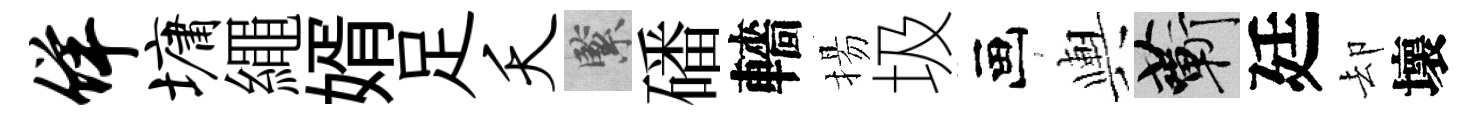
佯墉繩婿足夭緊磻轖揚圾画輿蔪廷却壞